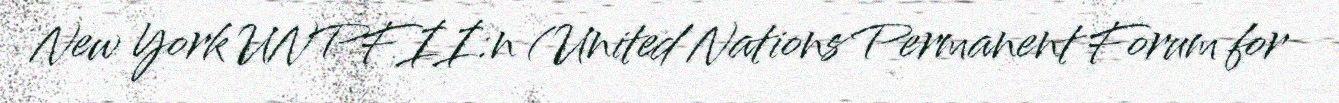
New York UNPFII:n (United Nations Permanent Forum for